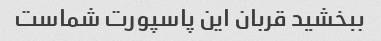
ببخشید قربان این پاسپورت شماست